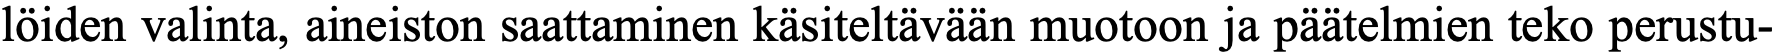
löiden valinta, aineiston saattaminen käsiteltävään muotoon ja päätelmien teko perustu-